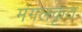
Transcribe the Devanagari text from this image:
मंगलकृत